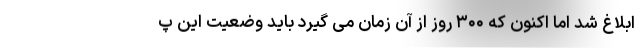
ابلاغ شد اما اکنون که ۳۰۰ روز از آن زمان می گیرد باید وضعیت این پ